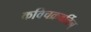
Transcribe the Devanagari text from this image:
कविचक्रवर्तिन्